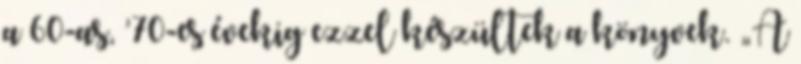
a 60-as, ’70-es évekig ezzel készültek a könyvek. „A